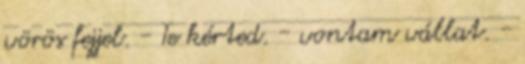
vörös fejjel. - Te kérted. - vontam vállat. -